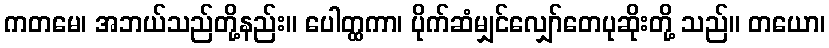
ကတမေ၊ အဘယ်သည်တို့နည်း။ ပေါတ္ထကာ၊ ပိုက်ဆံမျှင်လျှော်တေပုဆိုးတို့ သည်။ တယော၊